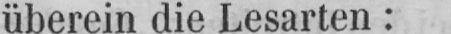
überein die Lesarten: